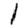
Digit: 1